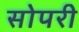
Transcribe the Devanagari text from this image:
सोपरी